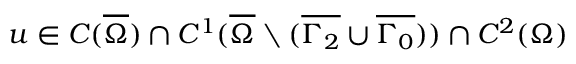
u \in C ( \overline { { \Omega } } ) \cap C ^ { 1 } ( \overline { { \Omega } } \setminus ( \overline { { \Gamma _ { 2 } } } \cup \overline { { \Gamma _ { 0 } } } ) ) \cap C ^ { 2 } ( \Omega )